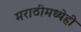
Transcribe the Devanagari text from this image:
मराठीमध्येही